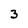
Character: 3